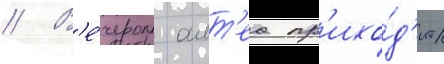
// В'е́чером алт'еа пр'ихо́д'ит